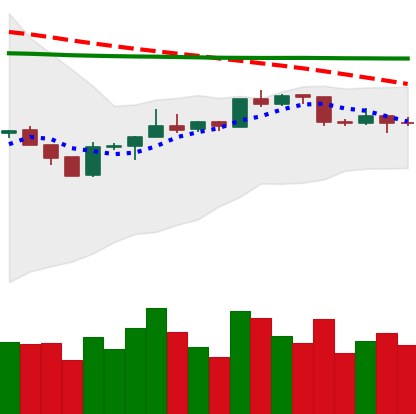
Ticker: BTC-USD
Chart end date: 2020-04-14
Forward return: 5.071%
Label: up_5_7